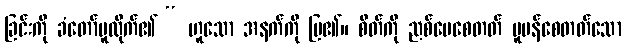
ခြင်းကို ခံတော်မူထိုက်၏ “ ဟူသော အနက်ကို ပြ၏။ စိတ်ကို ညစ်ပေစေတတ် ပူပန်စေတတ်သော